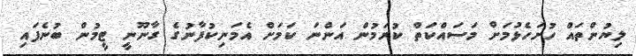
ލިޔުންތައް ހުށަހެޅުމަށް މަސައްކަތް ކުރަމުން އަންނަ ކަމަށް އެމަނިކުފާނުގެ ގާނޫނީ ޓީމުން ބުނެފައި